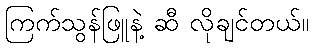
ကြက်သွန်ဖြူနဲ့ ဆီ လိုချင်တယ်။